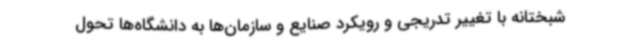
شبختانه با تغییر تدریجی و رویکرد صنایع و سازمان‌ها به دانشگاه‌ها تحول